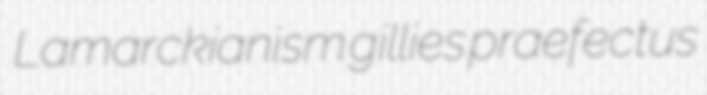
Lamarckianism gillies praefectus